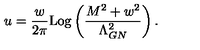
u = \frac { w } { 2 \pi } \mathrm { L o g } \left( \frac { M ^ { 2 } + w ^ { 2 } } { \Lambda _ { G N } ^ { 2 } } \right) .